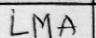
Transcription: LMA